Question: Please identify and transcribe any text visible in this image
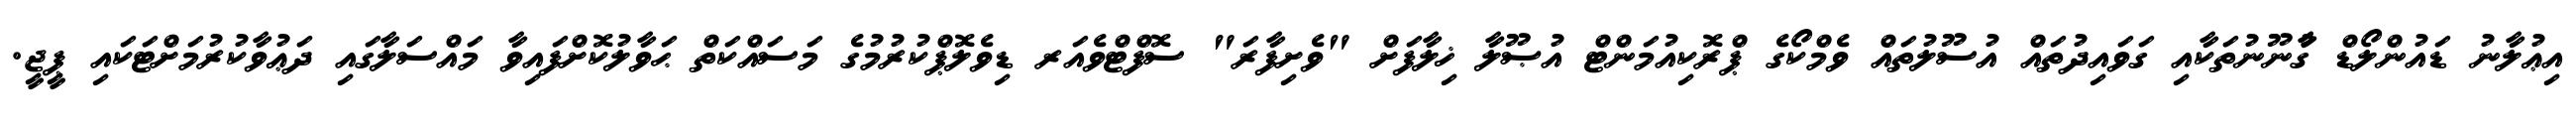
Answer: އިޢުލާނު ޑައުންލޯޑް ގާުނޫނުތަކާއި ގަވައިދުތައް އުސޫލުތައް ވެމްކޯގެ ޕްރޮކިއުމަންޓް އުޞޫލާ ޚިލާފަށް "ވެށިފާރަ" ސޮފްޓްވެއަރ ޑިވެލޮޕްކުރުމުގެ މަސައްކަތް ޙަވާލުކޮށްފައިވާ މައްސަލާގައި ދަޢުވާކުރުމަށްޓަކައި ޕީޖީ.